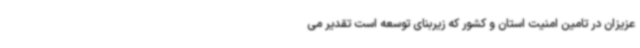
عزیزان در تامین امنیت استان و کشور که زیربنای توسعه است تقدیر می